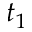
t _ { 1 }